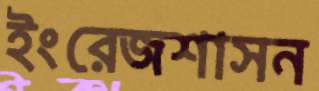
ইংরেজশাসন